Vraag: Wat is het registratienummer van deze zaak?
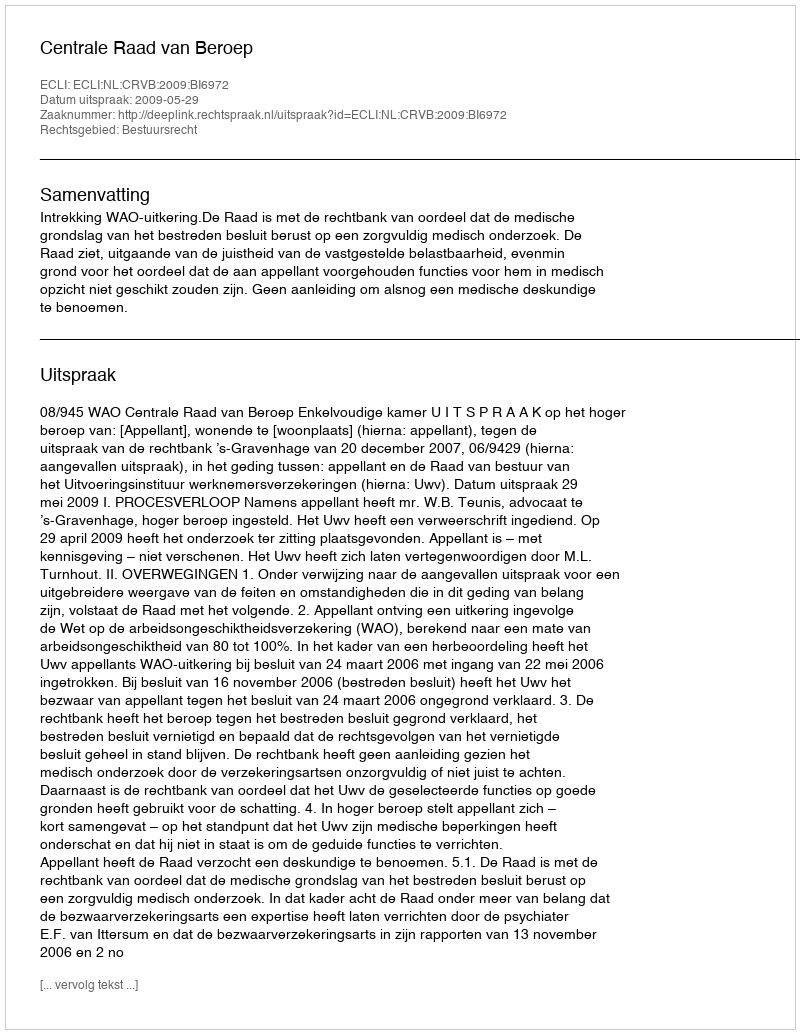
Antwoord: http://deeplink.rechtspraak.nl/uitspraak?id=ECLI:NL:CRVB:2009:BI6972